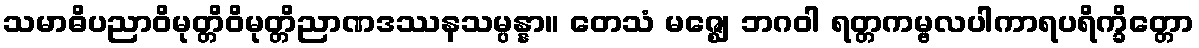
သမာဓိပညာဝိမုတ္တိဝိမုတ္တိညာဏဒဿနသမ္ပန္နာ။ တေသံ မဇ္ဈေ ဘဂဝါ ရတ္တကမ္ဗလပါကာရပရိက္ခိတ္တော